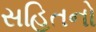
સહિતનો